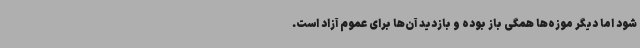
شود اما دیگر موزه‌ها همگی باز بوده و بازدید آن‌ها برای عموم آزاد است.